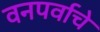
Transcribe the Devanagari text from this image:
वनपर्वाचे